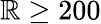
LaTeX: \mathbb{R}\ge200